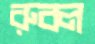
রুবল